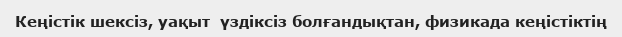
Кеңістік шексіз, уақыт  үздіксіз болғандықтан, физикада кеңістіктің